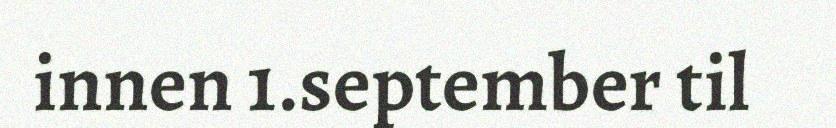
innen 1.september til